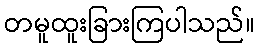
တမူထူးခြားကြပါသည်။